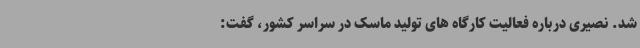
شد. نصیری درباره فعالیت کارگاه های تولید ماسک در سراسر کشور، گفت: